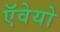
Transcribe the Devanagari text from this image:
ऍवेयो